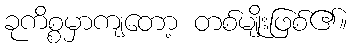
ခုကိစ္စမှာကျတော့ တစ်မျိုးဖြစ်၏။